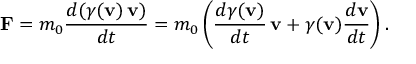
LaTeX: \mathbf { F } = m _ { 0 } { \frac { d ( \gamma ( \mathbf { v } ) \, \mathbf { v } ) } { d t } } = m _ { 0 } \left( { \frac { d \gamma ( \mathbf { v } ) } { d t } } \, \mathbf { v } + \gamma ( \mathbf { v } ) { \frac { d \mathbf { v } } { d t } } \right) .